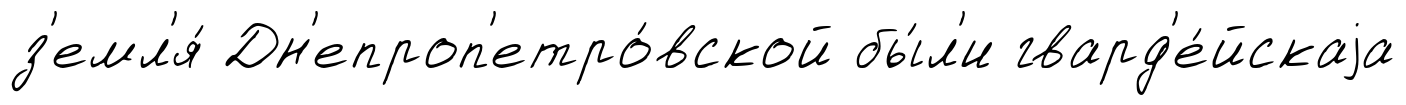
з'емл'я́ Дн'епроп'етро́вской бы́л'и гвард'е́йскаjа